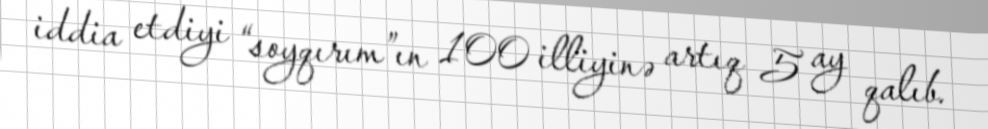
iddia etdiyi “soyqırım”ın 100 illiyinə artıq 5 ay qalıb.